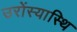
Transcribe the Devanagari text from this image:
उरोंस्यास्थि